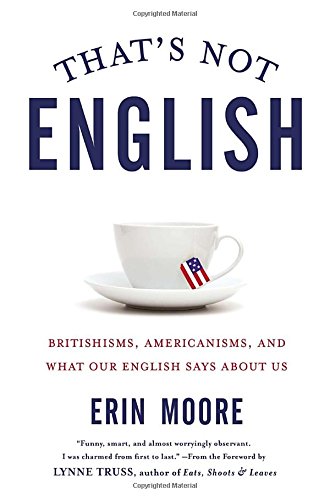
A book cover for That's Not English: Britishisms, Americanisms, and What Our English Says About Us; Erin Moore; Politics & Social Sciences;